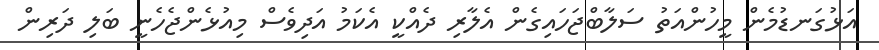
އަޅުގަނޑުމެން މީހުންއަތު ސަލާބްޖަހައިގެން އެލާރި ދެއްކީ އެކަމު އަދިވެސް މިއުޅެންޖެހެނީ ބަލި ދަރިން